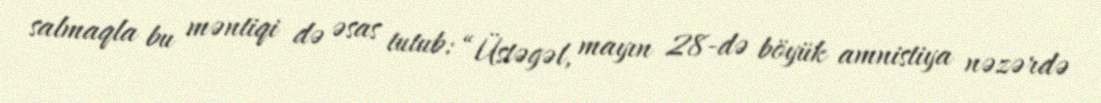
salmaqla bu məntiqi də əsas tutub: “Üstəgəl, mayın 28-də böyük amnistiya nəzərdə